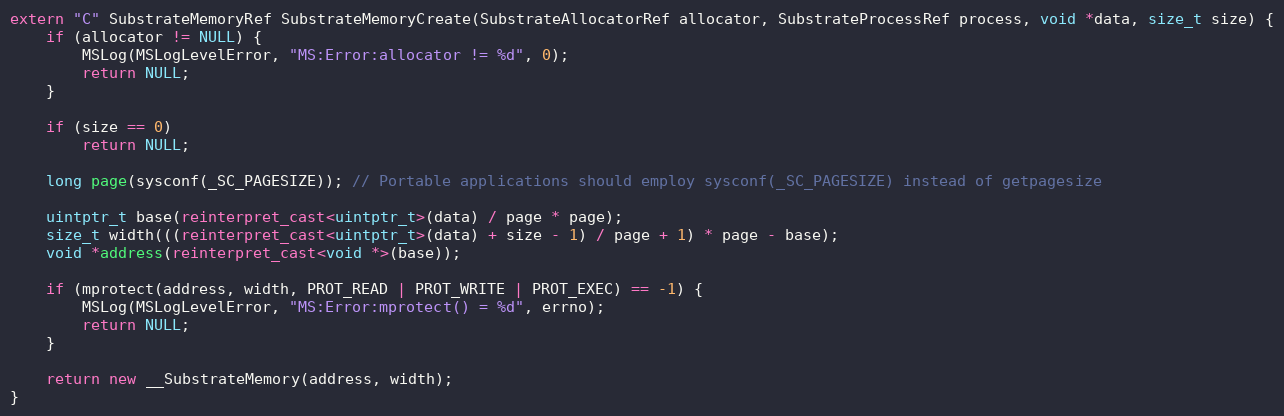
Language: C++
extern "C" SubstrateMemoryRef SubstrateMemoryCreate(SubstrateAllocatorRef allocator, SubstrateProcessRef process, void *data, size_t size) {
    if (allocator != NULL) {
        MSLog(MSLogLevelError, "MS:Error:allocator != %d", 0);
        return NULL;
    }

    if (size == 0)
        return NULL;

    long page(sysconf(_SC_PAGESIZE)); // Portable applications should employ sysconf(_SC_PAGESIZE) instead of getpagesize

    uintptr_t base(reinterpret_cast<uintptr_t>(data) / page * page);
    size_t width(((reinterpret_cast<uintptr_t>(data) + size - 1) / page + 1) * page - base);
    void *address(reinterpret_cast<void *>(base));

    if (mprotect(address, width, PROT_READ | PROT_WRITE | PROT_EXEC) == -1) {
        MSLog(MSLogLevelError, "MS:Error:mprotect() = %d", errno);
        return NULL;
    }

    return new __SubstrateMemory(address, width);
}